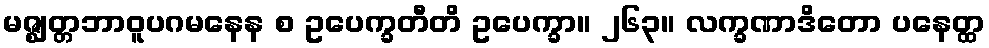
မဇ္ဈတ္တဘာဝူပဂမနေန စ ဥပေက္ခတီတိ ဥပေက္ခာ။ ၂၆၃။ လက္ခဏာဒိတော ပနေတ္ထ